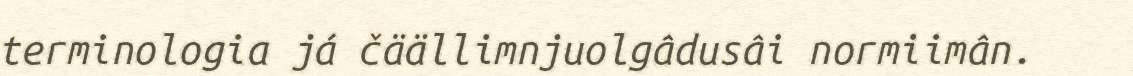
terminologia já čäällimnjuolgâdusâi normiimân.